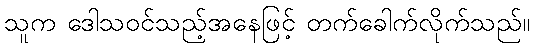
သူက ဒေါသဝင်သည့်အနေဖြင့် တက်ခေါက်လိုက်သည်။